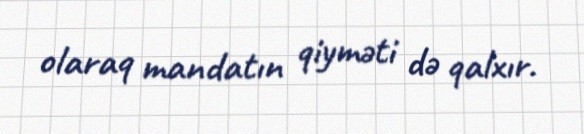
olaraq mandatın qiyməti də qalxır.